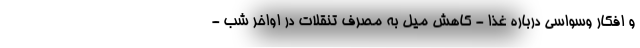
و افکار وسواسی درباره غذا - کاهش میل به مصرف تنقلات در اواخر شب -